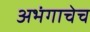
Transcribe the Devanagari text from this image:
अभंगाचेच